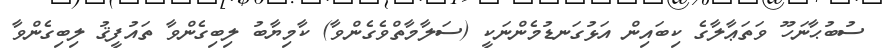
ސުބުޙާނަހޫ ވަތަޢާލާގެ ކިބައިން އަޅުގަނޑުމެންނަކީ (ސަލާމާތްވެގެންވާ) ކާމިޔާބު ލިބިގެންވާ ތައުފީޤު ލިބިގެންވާ